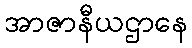
အာဇာနီယဌာနေ